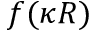
f ( \kappa R )